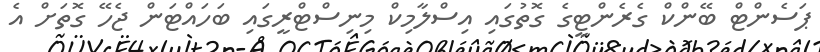
ޕަސެންޓް ބޭންކް ގެރެންޓީގެ ގޮތުގައި އިސްލާމިކް މިނިސްޓްރީގައި ބަހައްޓަން ޖެހޭ ގޮތަށް އެ